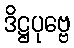
ဒိဋ္ဌပုဗ္ဗေ